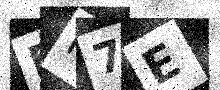
Text: EH7E